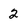
Character: 2